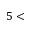
5 <